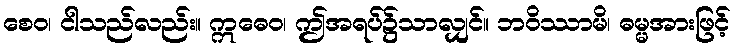
စေဝ၊ ငါသည်လည်း။ ဣဓေဝ၊ ဤအရပ်၌သာလျှင်။ ဘဝိဿာမိ၊ ဓမ္မအားဖြင့်